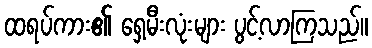
ထရပ်ကား၏ ရှေ့မီးလုံးများ ပွင့်လာကြသည်။